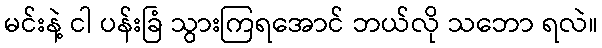
မင်းနဲ့ ငါ ပန်းခြံ သွားကြရအောင် ဘယ်လို သဘော ရလဲ။